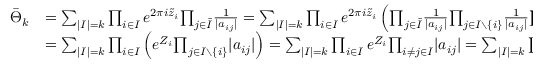
\begin{array} { r l } { { \bar { \Theta } _ { k } } } & { { = { \sum } _ { | I | = k } \prod _ { i \in I } e ^ { 2 \pi i \tilde { z } _ { i } } { \prod _ { j \in { \bar { I } } } } { \frac { 1 } { | a _ { i j } | } } = { \sum } _ { | I | = k } \prod _ { i \in I } e ^ { 2 \pi i \tilde { z } _ { i } } \left( { \prod _ { j \in { \bar { I } } } } { \frac { 1 } { | a _ { i j } | } } { \prod _ { j \in I \setminus \{ i \} } } { \frac { 1 } { | a _ { i j } | } } { \prod _ { j \in I \setminus \{ i \} } } | a _ { i j } | \right) } } \\ { { } } & { { = { \sum } _ { | I | = k } \prod _ { i \in I } \left( e ^ { Z _ { i } } { \prod _ { j \in I \setminus \{ i \} } } | a _ { i j } | \right) = { \sum } _ { | I | = k } \prod _ { i \in I } e ^ { Z _ { i } } { \prod _ { i \ne j \in I } } | a _ { i j } | = { \sum } _ { | I | = k } \prod _ { i \in I } e ^ { Z _ { i } } { \prod _ { i < j ; \ i , j \in I } } a _ { i j } ^ { 2 } } } \end{array}